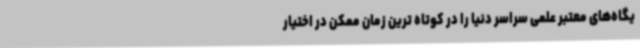
یگاه‌های معتبر علمی سراسر دنیا را در کوتاه ترین زمان ممکن در اختیار